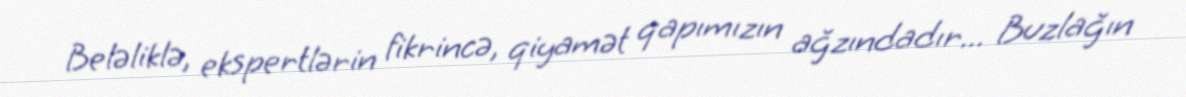
Beləliklə, ekspertlərin fikrincə, qiyamət qapımızın ağzındadır... Buzlağın